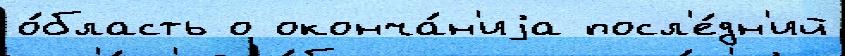
о́бласть о оконча́н'иjа посл'е́дн'ий